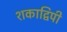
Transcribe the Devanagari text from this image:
शकाद्विपी